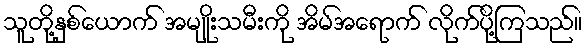
သူတို့နှစ်ယောက် အမျိုးသမီးကို အိမ်အရောက် လိုက်ပို့ကြသည်။